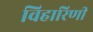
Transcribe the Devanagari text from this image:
विहारिणी